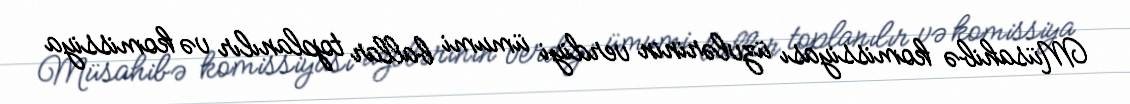
Müsahibə komissiyası üzvlərinin verdiyi ümumi ballar toplanılır və komissiya